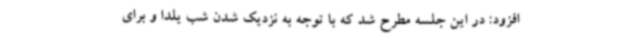
افزود: در این جلسه مطرح شد که با توجه به نزدیک شدن شب یلدا و برای